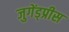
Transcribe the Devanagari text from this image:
जुगेंड्प्रीस